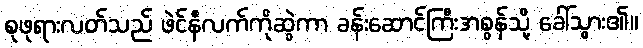
စုဖုရားလတ်သည် ဖဲင်နီလက်ကိုဆွဲကာ ခန်းဆောင်ကြီးအစွန်သို့ ခေါ်သွား၏။